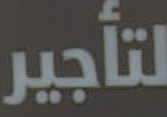
لتأجير